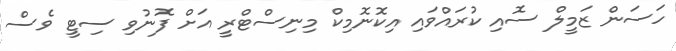
ހަސަން ޒަމީލް ސޮއި ކުރައްވައި އިކޮނޮމިކް މިނިސްޓްރީ އަށް ފޮނުވި ސިޓީ ވެސް